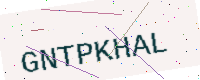
Text: GNTPKHAL